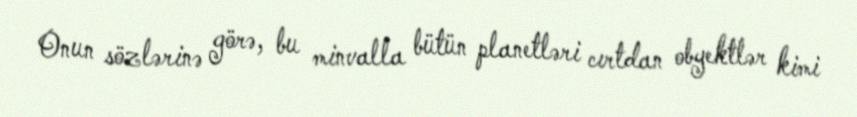
Onun sözlərinə görə, bu minvalla bütün planetləri cırtdan obyektlər kimi